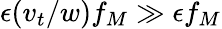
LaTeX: \epsilon(v_{t}/w)f_{M}\gg\epsilon f_{M}